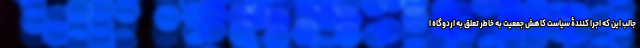
جالب این که اجرا کنندۀ سیاست کاهش جمعیت به خاطر تعلق به اردوگاه ا